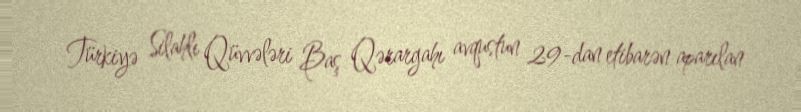
Türkiyə Silahlı Qüvvələri Baş Qərargahı avqustun 29-dan etibarən aparılan